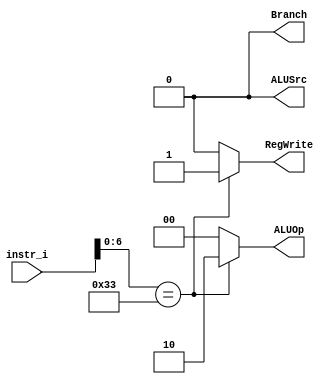
`timescale 1ns/1ps

module Decoder(
	input	[32-1:0] 	instr_i,
	output wire			ALUSrc,
	output wire			RegWrite,
	output wire			Branch,
	output wire [2-1:0]	ALUOp
	);
	
//Internal Signals
wire	[7-1:0]		opcode;
wire 	[3-1:0]		funct3;
wire	[3-1:0]		Instr_field;
wire	[9-1:0]		Ctrl_o;

/* Write your code HERE */

reg AS, RW, BR;
reg [1:0]AO;

assign opcode = instr_i[6:0];
assign funct3 = instr_i[14:12];

assign ALUSrc = AS;
assign RegWrite = RW;
assign Branch = BR;
assign ALUOp = AO;

always @(*) begin
	case(opcode)
		7'b0110011: begin
			AS <= 0;
			RW <= 1;
			BR <= 0;
			AO <= 2'b10;
		end
		default: begin
			AS <= 0;
			RW <= 0;
			BR <= 0;
			AO <= 2'b00;
		end
	endcase
end

endmodule